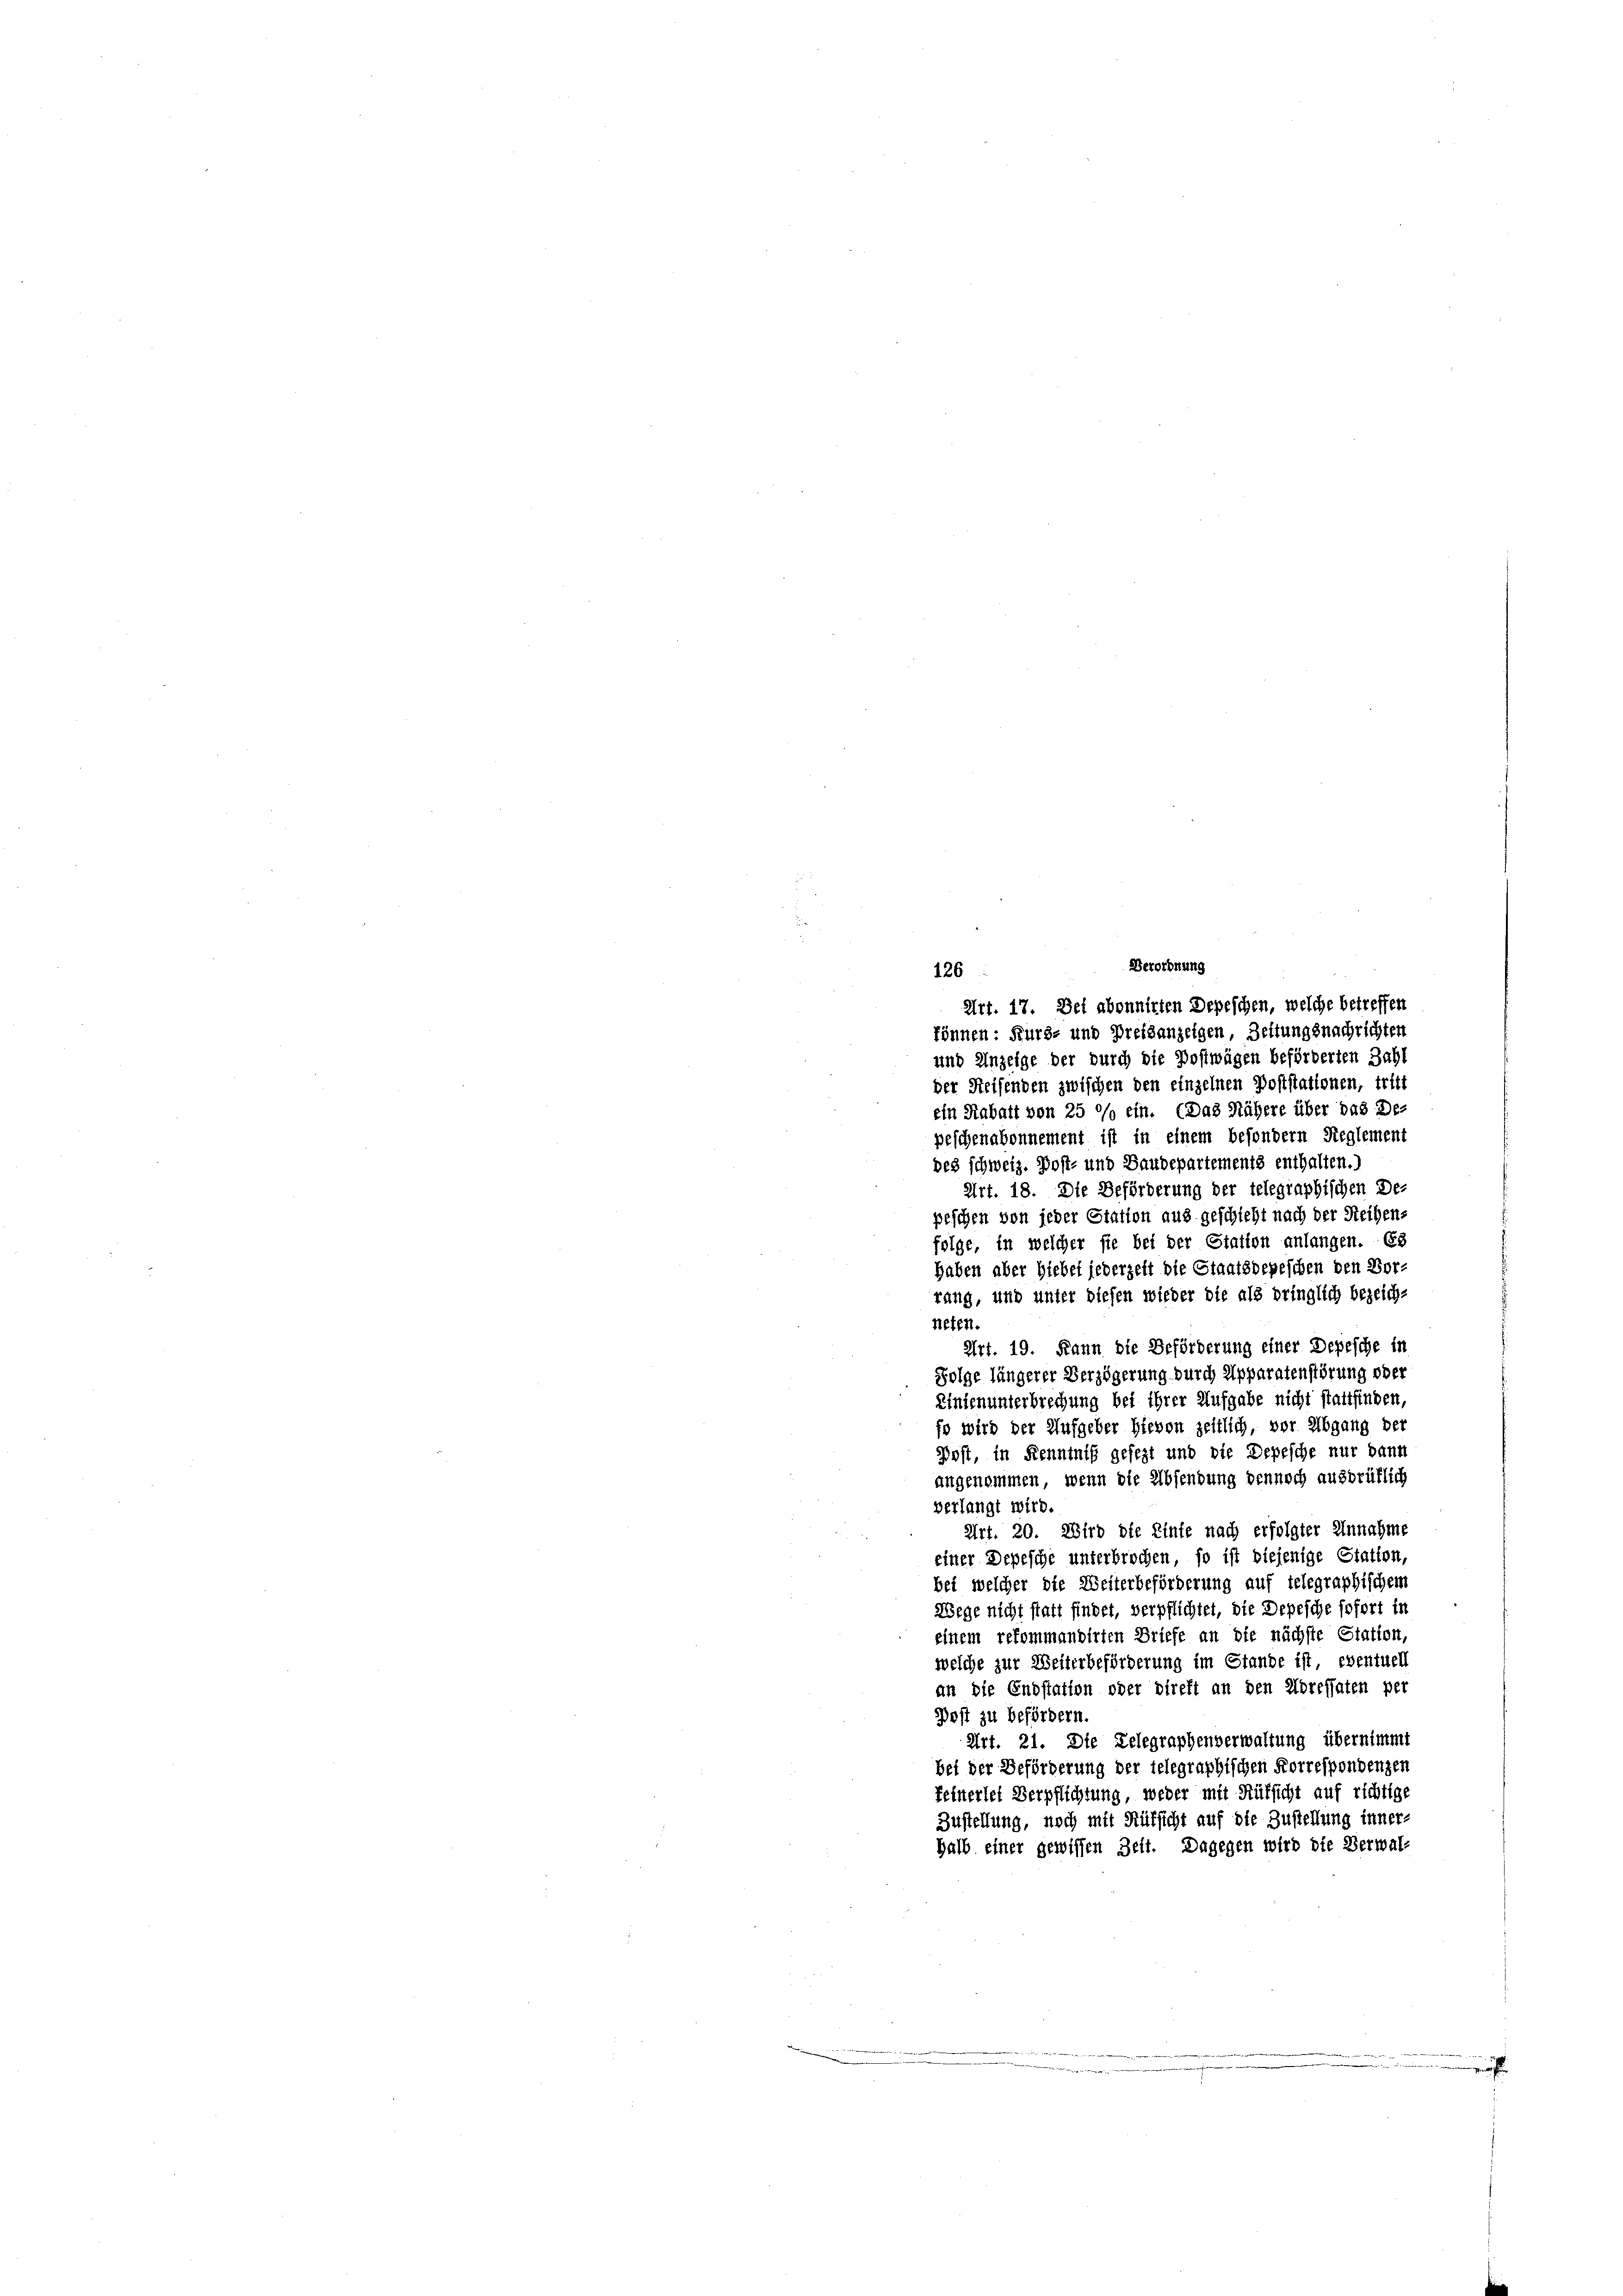
Verordnung
126
Art. 17. Der abonnirten Depeschen, welche betreffen
können: Kurs- und Preisanzeigen, Zeitungsnachrichten
und Anzeige der durch die Postwägen beförderten Zahl
der Reisenden zwischen den einzelnen Poststattenen, tritt
ein Rabatt von 25 %% ein. (Das Nähere über das De-
peschenabonnement ist in einem besondern Reglement
des schweiz. Post- und Baudepartements enthalten.)
Art. 18. Die Beförderung der telegraphischen De-
peschen von jeder Station aus geschieht nach der Reihen-
folge, in welcher sie bei der Station anlangen. Es
haben aber hiebei jederzeit die Staatsdepeschen den Vor-
rang, und unter diesen wieder die als bringlich bezeich-
neten.
Art. 19. Dann die Beförderung einer Depesche in
Folge längerer Verzögerung durch Apparatenstörung oder
Einsenunterbrechung bei ihrer Aufgabe nicht stattfinden,
fo wird der Aufgeber hievon zeitlich, vor Abgang der
Post, in Kenntniß gefezt und die Depesche nur dann
angenommen, wenn die Absendung dennoch ausbrüflich
verlangt wird.
Art. 20. Wird die Einte nach erfolgter Annahme
einer Depesche unterbrochen, so ist diejenige Statten,
bei welcher die Weiterbeförderung auf telegraphischen
Wege nicht statt findet, verpflichtet, die Depesche sofort in
einem refommandirten Briefe an die nächste Station,
welche zur Weiterbeförderung im Stande ist, eventuell
an die Endstation oder direkt an den Adressaten per
Post zu befördern.
Art. 21. Die Telegraphenverwaltung übernimmt
bei der Beförderung der telegraphischen Forrespondenzen
feinerlei Verpflichtung, weder mit Rüksicht auf richtige
Zustellung, noch mit Rüksicht auf die Zustellung inner-
halb einer gewissen Zeit. Dagegen wird die Verwal-
.